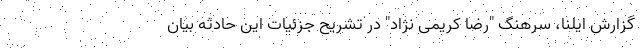
گزارش ایلنا، سرهنگ "رضا کریمی نژاد" در تشریح جزئیات این حادثه بیان